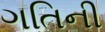
ગતિની